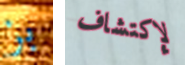
بز لإكتشاف